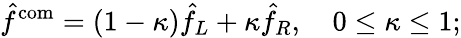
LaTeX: \hat{f}^{\mathrm{com}}=(1-\kappa)\hat{f}_{L}+\kappa\hat{f}_{R},\quad 0\leq\kappa\leq 1;